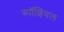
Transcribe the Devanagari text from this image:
स्पॉशियल